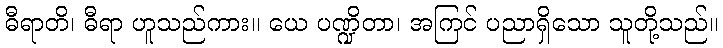
ဓီရာတိ၊ ဓီရာ ဟူသည်ကား။ ယေ ပဏ္ဍိတာ၊ အကြင် ပညာရှိသော သူတို့သည်။